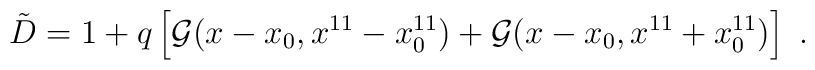
{\tilde D}= 1 +q \left[ {\cal G}(x-x_0, x^{11}-x^{11}_0)+{\cal G}(x-x_0,x^{11}+x^{11}_0) \right] \ .